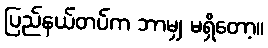
ပြည်နယ်တပ်က ဘာမျှ မရှိတော့။